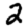
Digit: 2